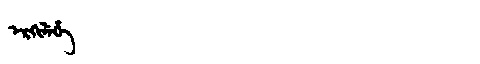
Manchu: ᡝᡵᡴᡳᠯᡝᡥᡝ
Romanization: ERKILEHE